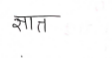
मजकूर: ज्ञात